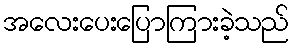
အလေးပေးပြောကြားခဲ့သည်